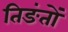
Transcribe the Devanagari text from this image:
तिङंतों